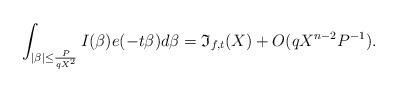
LaTeX: \begin{align*}&\int_{|\beta|\le \frac{P}{qX^2}}I(\beta)e(-t\beta)d\beta=\mathfrak{I}_{f,t}(X)+O(qX^{n-2}P^{-1}).\end{align*}